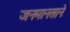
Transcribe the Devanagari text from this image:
जनमानसाने